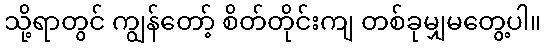
သို့ရာတွင် ကျွန်တော့် စိတ်တိုင်းကျ တစ်ခုမျှမတွေ့ပါ။